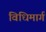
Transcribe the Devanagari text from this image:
विधिमार्ग